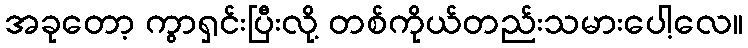
အခုတော့ ကွာရှင်းပြီးလို့ တစ်ကိုယ်တည်းသမားပေါ့လေ။